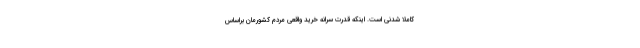
کاملاً شدنی است. اینکه قدرت سرانه خرید واقعی مردم کشورمان براساس